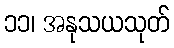
၁၁၊ အနုသယသုတ်